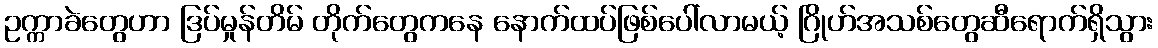
ဥက္ကာခဲတွေဟာ ဒြပ်မှုန်တိမ် တိုက်တွေကနေ နောက်ထပ်ဖြစ်ပေါ်လာမယ့် ဂြိုဟ်အသစ်တွေဆီရောက်ရှိသွား